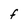
Character: f